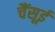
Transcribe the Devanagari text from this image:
चैंसूई